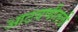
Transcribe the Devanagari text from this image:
आठवणीतली